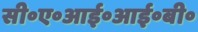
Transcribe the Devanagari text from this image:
सी॰ए॰आई॰आई॰बी॰